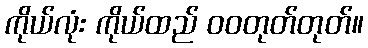
ကိုယ်လုံး ကိုယ်ထည် ဝဝတုတ်တုတ်။